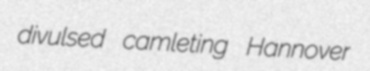
divulsed camleting Hannover